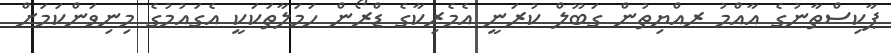
ޕާކިސްތާނުގެ އާއްމު ރއްޔިތުން ގަބޫލް ކުރަނީ އެމެރިކާގެ ޑްރޯން ހަމަލާތަކަކީ އެގައުމުގެ މިނިވަންކަމަށް